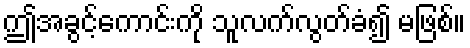
ဤအခွင့်ကောင်းကို သူလက်လွတ်ခံ၍ မဖြစ်။